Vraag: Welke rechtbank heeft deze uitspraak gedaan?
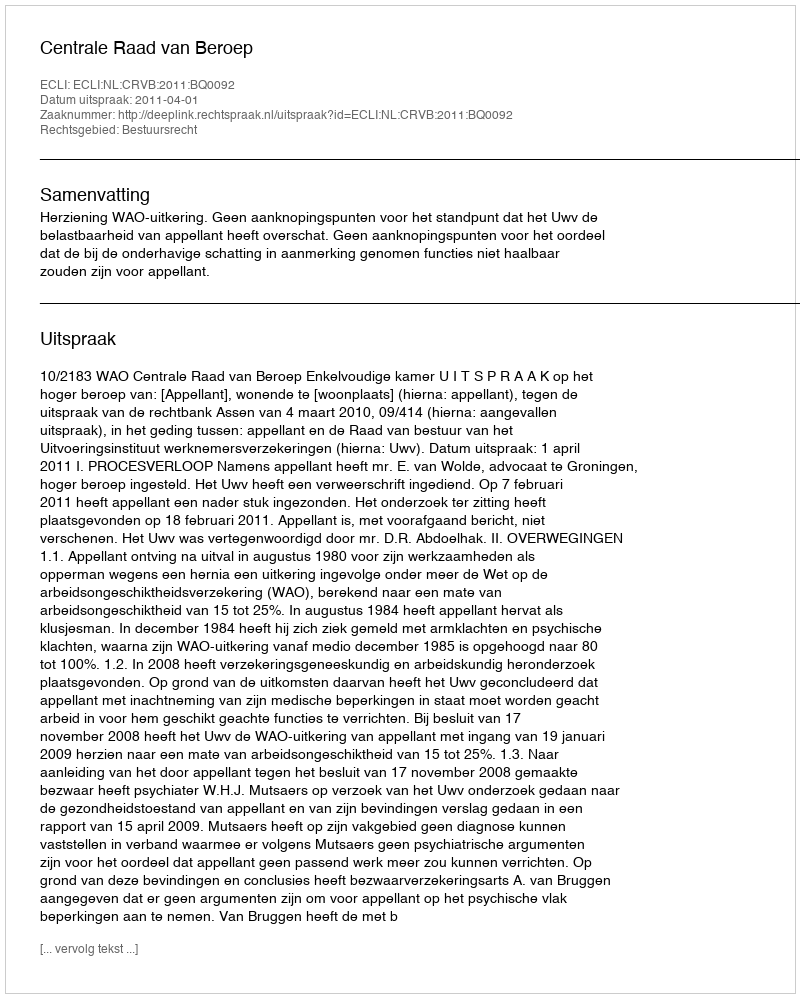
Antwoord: Centrale Raad van Beroep